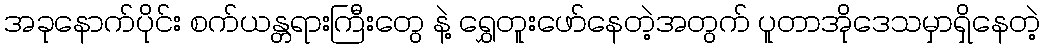
အခုနောက်ပိုင်း စက်ယန္တရားကြီးတွေ နဲ့ ရွှေတူးဖော်နေတဲ့အတွက် ပူတာအိုဒေသမှာရှိနေတဲ့